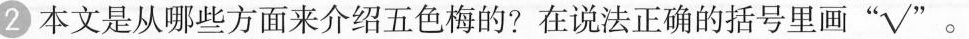
2本文是从哪些方面来介绍五色梅的?在说法正确的括号里画“\sqrt”。